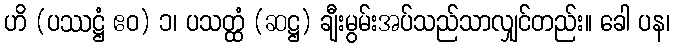
ဟိ (ပဿဋ္ဌံ ဧဝ) ၁၊ ပသတ္ထံ (ဆဋ္ဌ) ချီးမွမ်းအပ်သည်သာလျှင်တည်း။ ခေါ ပန၊